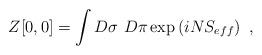
LaTeX: \begin{align*}Z[0,0] = \int D\sigma \ D\pi \exp \left( i N S_{eff}\right) \ ,\end{align*}